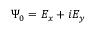
\Psi _ { 0 } = E _ { x } + i E _ { y }